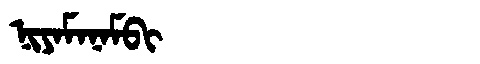
Manchu: ᠨᡳᠶᠠᠮᠠᠨᠠᠮᠪᡳ
Romanization: NIYAMANAMBI